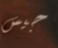
جيس